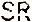
SR